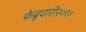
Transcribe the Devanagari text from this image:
फेब्रुवारी२०१०